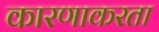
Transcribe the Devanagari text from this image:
कारणाकरता